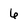
Character: 6